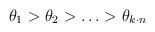
LaTeX: \begin{align*}\theta _{1}>\theta _{2}>\ldots >\theta _{k\cdot n}\end{align*}